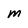
Character: M